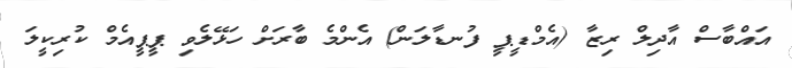
އައްބާސް އާދިލް ރިޒާ (އެމްޑީޕީ ފުނޑާލަން) އެންމެ ބާރަށް ހަޅޭލެވި ޕީޕީއެމް ކުރިކީލަ